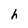
Character: h